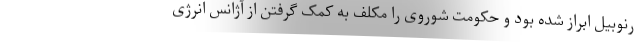
رنوبیل ابراز شده بود و حکومت شوروی را مکلف به کمک گرفتن از آژانس انرژی